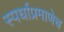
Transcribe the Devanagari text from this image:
स्पर्धाप्रमाणेच